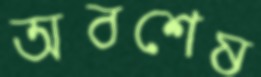
অবশেষ